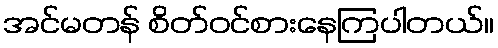
အင်မတန် စိတ်ဝင်စားနေကြပါတယ်။